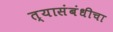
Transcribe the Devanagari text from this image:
त्यासंबंधीचा